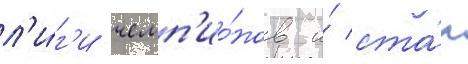
л'и́г'и чемп'ио́нов и́ ста́л